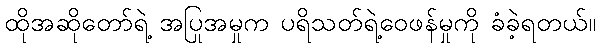
ထိုအဆိုတော်ရဲ့ အပြုအမှုက ပရိသတ်ရဲ့ဝေဖန်မှုကို ခံခဲ့ရတယ်။